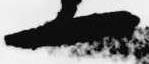
一